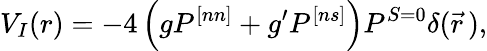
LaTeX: V_{I}(r)=-4\left(gP^{[nn]}+g^{\prime}P^{[ns]}\right)P^{S=0}\delta(\vec{r}\, ),